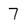
Character: 7